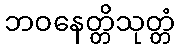
ဘဝနေတ္တိသုတ္တံ